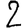
Digit: 2